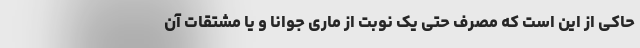
حاکی از این است که مصرف حتی یک نوبت از ماری جوانا و یا مشتقات آن